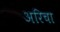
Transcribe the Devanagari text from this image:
अरिचा